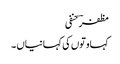
مظفرؔ حنفی
کہاوتوں کی کہانیاں ۔